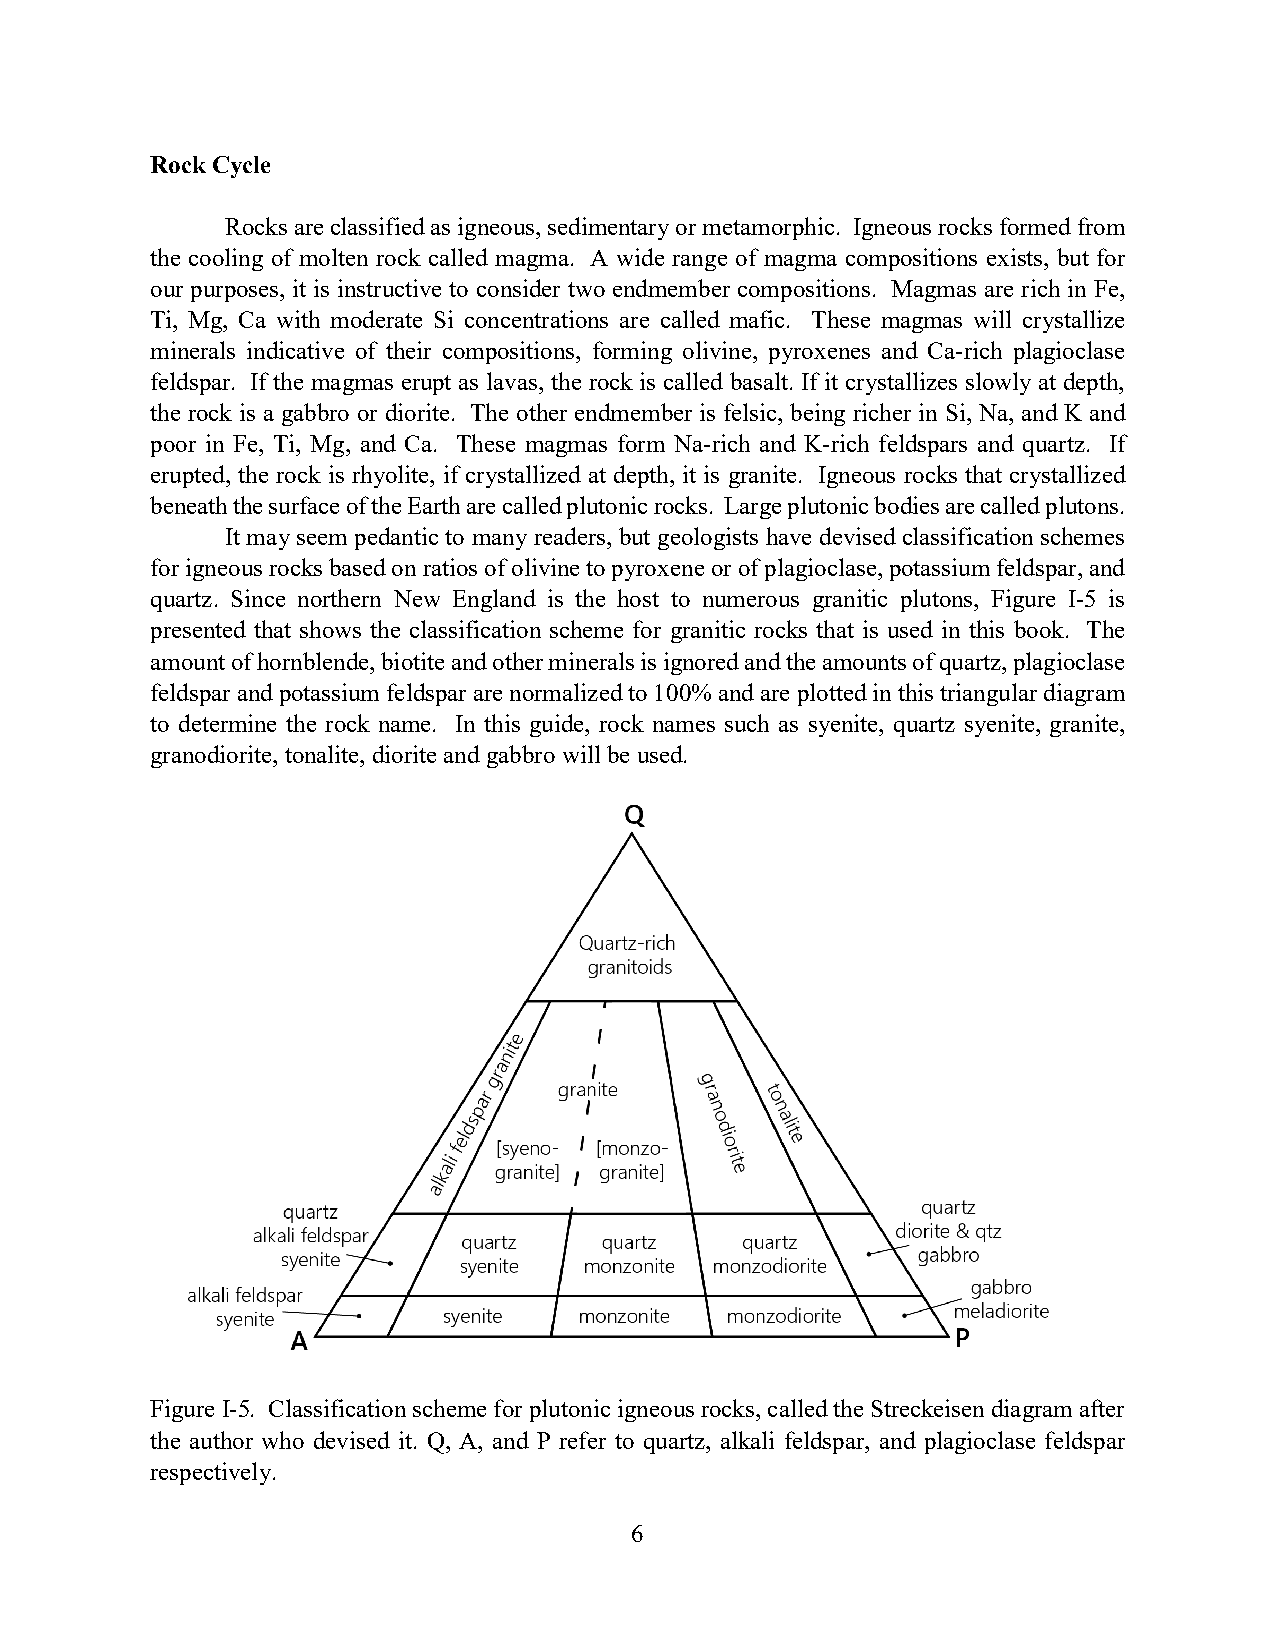
Rock Cycle
 Rocks are classified as igneous, sedimentary or metamorphic. Igneous rocks formed from
 the cooling of molten rock called magma. A wide range of magma compositions exists, but for
 our purposes, it is instructive to consider two endmember compositions. Magmas are rich in Fe,
 Ti, Mg, Ca with moderate Si concentrations are called mafic. These magmas will crystallize
 minerals indicative of their compositions, forming olivine, pyroxenes and Ca-rich plagioclase
 feldspar. If the magmas erupt as lavas, the rock is called basalt. If it crystallizes slowly at depth,
 the rock is a gabbro or diorite. The other endmember is felsic, being richer in Si, Na, and K and
 poor in Fe, Ti, Mg, and Ca. These magmas form Na-rich and K-rich feldspars and quartz. If
 erupted, the rock is rhyolite, if crystallized at depth, it is granite. Igneous rocks that crystallized
 beneath the surface of the Earth are called plutonic rocks. Large plutonic bodies are called plutons.
 It may seem pedantic to many readers, but geologists have devised classification schemes
 for igneous rocks based on ratios of olivine to pyroxene or of plagioclase, potassium feldspar, and
 quartz. Since northern New England is the host to numerous granitic plutons, Figure I-5 is
 presented that shows the classification scheme for granitic rocks that is used in this book. The
 amount of hornblende, biotite and other minerals is ignored and the amounts of quartz, plagioclase
 feldspar and potassium feldspar are normalized to 100% and are plotted in this triangular diagram
 to determine the rock name. In this guide, rock names such as syenite, quartz syenite, granite,
 granodiorite, tonalite, diorite and gabbro will be used.
 Figure I-5. Classification scheme for plutonic igneous rocks, called the Streckeisen diagram after
 the author who devised it. Q, A, and P refer to quartz, alkali feldspar, and plagioclase feldspar
 respectively.
 6